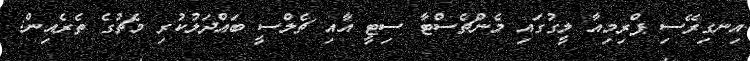
އިނގިރޭސި ޕްރިމިއާ ލީގުގައި މެންޗެސްޓާ ސިޓީ އާއި ޗެލްސީ ބައްދަލުކުރި މެޗުގެ ތެރެއިން: